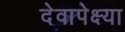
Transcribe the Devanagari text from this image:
देवापेक्ष्या